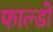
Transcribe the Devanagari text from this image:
फाल्डो